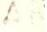
?